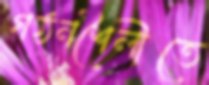
গঠনশৈলীতে